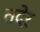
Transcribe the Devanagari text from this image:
तदेर